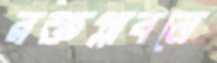
রক্তপ্লাবনে